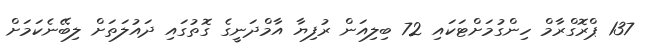
137 ޕްރޮގްރާމް ހިންގުމަށްޓަކައި 72 ބިލިއަން ރުފިޔާ އާމްދަނީގެ ގޮތުގައި ދައުލަތަށް ލިބޭނެކަމަށް